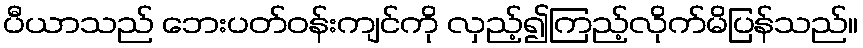
ပီယာသည် ဘေးပတ်ဝန်းကျင်ကို လှည့်၍ကြည့်လိုက်မိပြန်သည်။